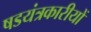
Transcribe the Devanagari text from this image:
षडयंत्रकारीयों